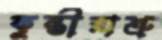
কুম্ভীরাশ্রু